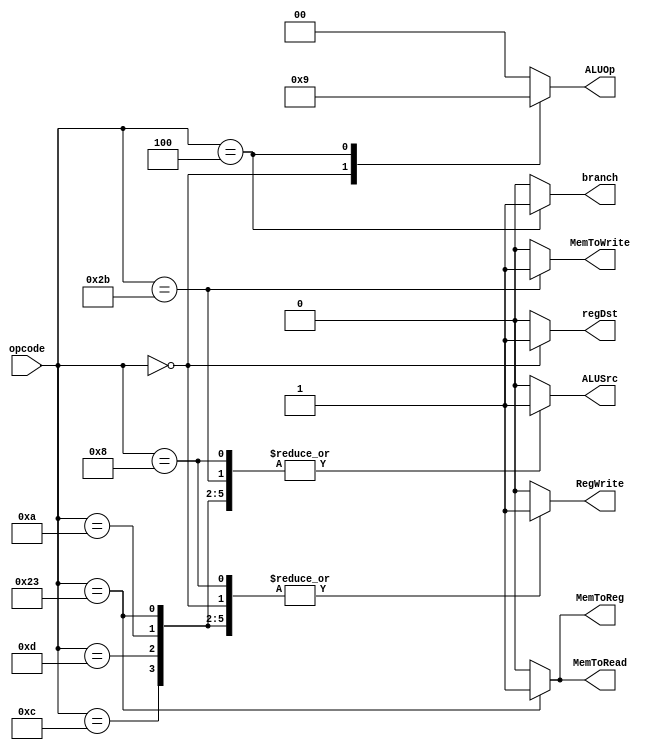
module ControlUnit (
    input [5:0]opcode, // lo que recibe de la instruccion
    output reg regDst, // indica de donde se escribe en el registro
    output reg branch, // indica si se hara un salto
    output reg MemToRead, //no se usa en esta fase, si se lee de memoria
    output reg MemToReg, // este ahora va al mux, si se sacara de la memoria al registro
    output reg [1:0]ALUOp, //codigo para la alu control, esto sirve para type r, sw y lw.
    output reg MemToWrite, //no se usa en esta fase
    output reg ALUSrc, //de donde recibe la alu su segundo operando
    output reg RegWrite //si se escribe en el registro
    
    
);

always @(*) begin //cada caso sera un tipo de instruccion diferente.
    case (opcode)
        6'b000000: begin //se usa el begin y end porque por cualquier razon no deja asignar seales de un bit sin esto.
            MemToReg = 1'b0; 
            regDst = 1'b1;
            MemToWrite = 1'b0;
            MemToRead = 1'b0;
            branch = 1'b0;      /// que hacia branch? // se usa para condicionales
            ALUOp = 2'b10; 
            ALUSrc = 1'b0; 
            RegWrite = 1'b1;
        end
        6'b001000: begin
            MemToReg = 1'b0;
            MemToWrite = 1'b0;
            MemToRead = 1'b0;
            branch = 1'b0; 
            ALUOp = 2'b00; 
            ALUSrc = 1'b1; 
            RegWrite = 1'b1;
            regDst = 1'b0;
        end
        6'b001100: begin
            MemToReg = 1'b0;
            MemToWrite = 1'b0;
            MemToRead = 1'b0;
            branch = 1'b0; 
            ALUOp = 2'b00; 
            ALUSrc = 1'b1; 
            RegWrite = 1'b1;
            regDst = 1'b0;
        end
        6'b001101: begin
            MemToReg = 1'b0;
            MemToWrite = 1'b0;
            MemToRead = 1'b0;
            branch = 1'b0; 
            ALUOp = 2'b00; 
            ALUSrc = 1'b1; 
            RegWrite = 1'b1;
            regDst = 1'b0;
        end
        6'b001010: begin
            MemToReg = 1'b0;
            MemToWrite = 1'b0;
            MemToRead = 1'b0;
            branch = 1'b0; 
            ALUOp = 2'b00; 
            ALUSrc = 1'b1; 
            RegWrite = 1'b1;
            regDst = 1'b0;
        end
        6'b100011: begin
            MemToReg = 1'b1;
            MemToWrite = 1'b0;
            MemToRead = 1'b1;
            branch = 1'b0; 
            ALUOp = 2'b00; 
            ALUSrc = 1'b1; 
            RegWrite = 1'b1;
            regDst = 1'b0;
        end
        6'b101011: begin
            MemToReg = 1'b0;
            MemToWrite = 1'b1;
            MemToRead = 1'b0;
            branch = 1'b0; 
            ALUOp = 2'b00; 
            ALUSrc = 1'b1; 
            RegWrite = 1'b0;
            regDst = 1'b0;
        end
        6'b000100: begin
            MemToReg = 1'b0;
            MemToWrite = 1'b0;
            MemToRead = 1'b0;
            branch = 1'b1; 
            ALUOp = 2'b01; 
            ALUSrc = 1'b0; 
            RegWrite = 1'b0;
            regDst = 1'b0;
        end
        default: begin
            MemToReg = 1'b0;
            MemToWrite = 1'b0;
            MemToRead = 1'b0;
            branch = 1'b0; 
            ALUOp = 2'b00; 
            ALUSrc = 1'b0; 
            RegWrite = 1'b0;
            regDst = 1'b0;
        end
    endcase
end

endmodule